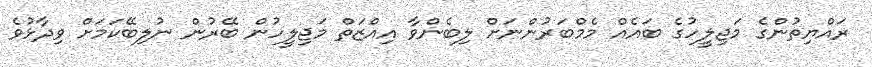
ރައްޔިތުންގެ މަޖިލީހުގެ ބައެއް މެމްބަރުންނަށް ލިބެންވާ އިއްޒަތް މަޖިލީހުން ބޭރުން ނުލިބޭކަމަށް ވިދާޅުވެ